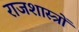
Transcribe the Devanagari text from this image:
राजशास्त्रों